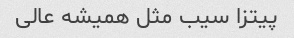
پیتزا سیب مثل همیشه عالی